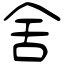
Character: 舍